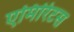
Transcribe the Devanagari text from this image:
एमिरिटस